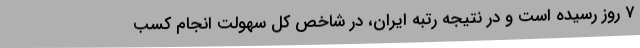
7 روز رسیده است و در نتیجه رتبه ایران، در شاخص کل سهولت انجام کسب